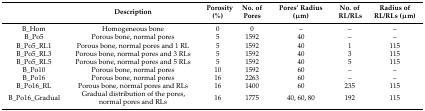
<table><thead><tr><td></td><td><b>Description</b></td><td><b>Porosity (%)</b></td><td><b>No. of Pores</b></td><td><b>Pores’ Radius (μm)</b></td><td><b>No. of RL/RLs</b></td><td><b>Radius of RL/RLs (μm)</b></td></tr></thead><tbody><tr><td>B_Hom</td><td>Homogeneous bone</td><td>0</td><td>0</td><td>–</td><td>–</td><td>–</td></tr><tr><td>B_Po5</td><td>Porous bone, normal pores</td><td>5</td><td>1592</td><td>40</td><td>–</td><td>–</td></tr><tr><td>B_Po5_RL1</td><td>Porous bone, normal pores and 1 RL</td><td>5</td><td>1592</td><td>40</td><td>1</td><td>115</td></tr><tr><td>B_Po5_RL3</td><td>Porous bone, normal pores and 3 RLs</td><td>5</td><td>1592</td><td>40</td><td>3</td><td>115</td></tr><tr><td>B_Po5_RL5</td><td>Porous bone, normal pores and 5 RLs</td><td>5</td><td>1592</td><td>40</td><td>5</td><td>115</td></tr><tr><td>B_Po10</td><td>Porous bone, normal pores</td><td>10</td><td>1592</td><td>60</td><td>–</td><td>–</td></tr><tr><td>B_Po16</td><td>Porous bone, normal pores</td><td>16</td><td>2263</td><td>60</td><td>–</td><td>–</td></tr><tr><td>B_Po16_RL</td><td>Porous bone, normal pores and RLs</td><td>16</td><td>1400</td><td>60</td><td>235</td><td>115</td></tr><tr><td>B_Po16_Gradual</td><td>Gradual distribution of the pores, normal pores and RLs</td><td>16</td><td>1775</td><td>40, 60, 80</td><td>192</td><td>115</td></tr></tbody></table>